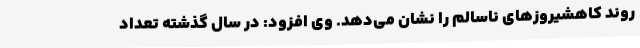
روند کاهشیروزهای ناسالم را نشان می‌دهد. وی افزود: در سال گذشته تعداد